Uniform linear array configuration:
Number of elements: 64
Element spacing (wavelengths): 0.75
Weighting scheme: binomial
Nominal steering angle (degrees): -15
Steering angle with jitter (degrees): -15.011
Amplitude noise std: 0.05
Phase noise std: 0.05

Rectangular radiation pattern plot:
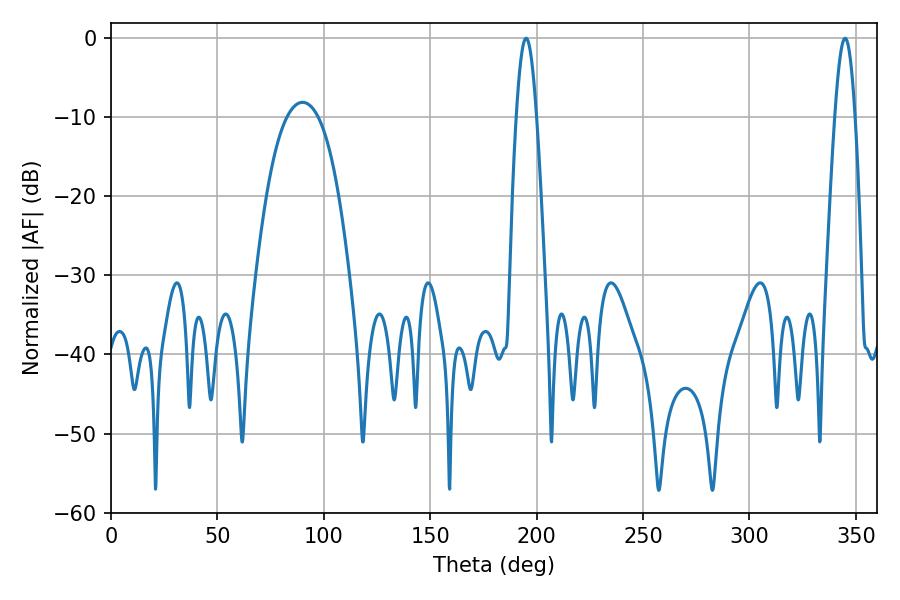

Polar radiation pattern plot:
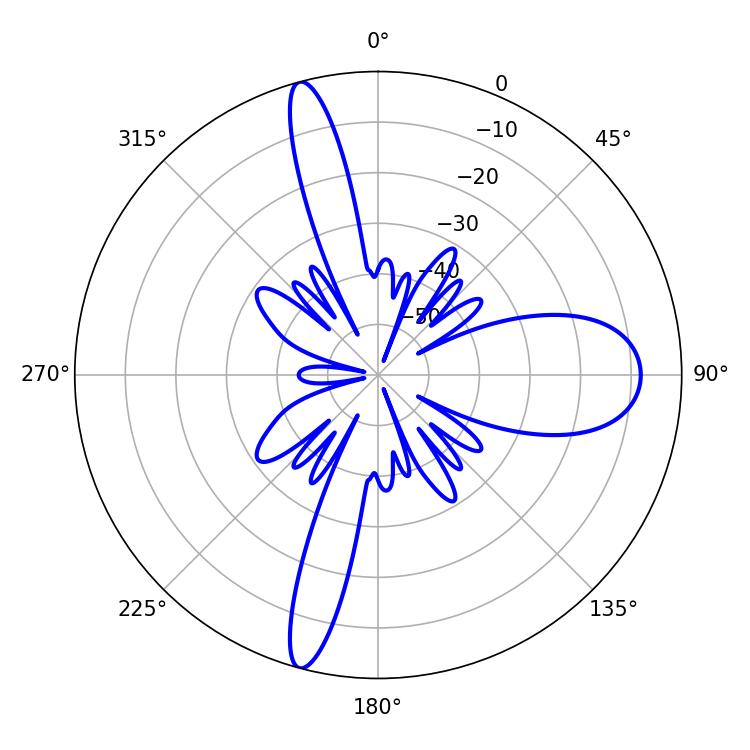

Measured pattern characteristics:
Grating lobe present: TRUE
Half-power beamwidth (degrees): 5.04
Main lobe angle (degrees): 344.88